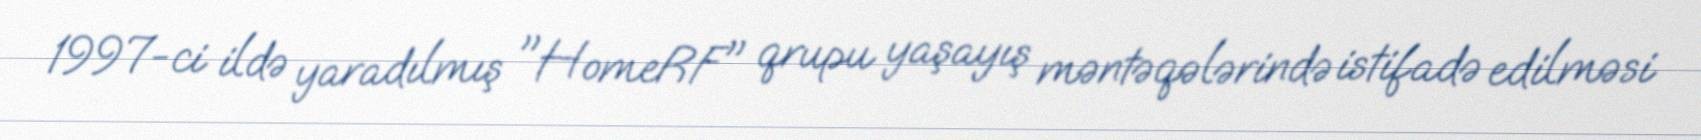
1997-ci ildə yaradılmış "HomeRF" qrupu yaşayış məntəqələrində istifadə edilməsi